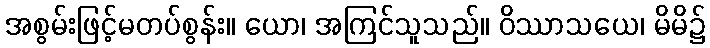
အစွမ်းဖြင့်မတပ်စွန်း။ ယော၊ အကြင်သူသည်။ ဝိဿာသယေ၊ မိမိ၌